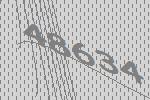
48634